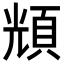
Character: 𩒚